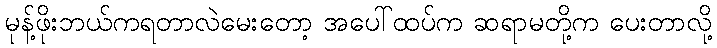
မုန့်ဖိုးဘယ်ကရတာလဲမေးတော့ အပေါ်ထပ်က ဆရာမတို့က ပေးတာလို့